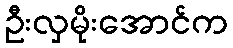
ဦးလှမိုးအောင်က